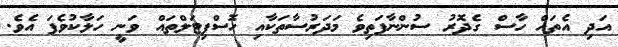
އަދި އެތައް ހާސް ގެދޮރު ސުންނާފަތިވެ މަދަރުސާތަކާއި ހޮސްޕިޓަލްތައް ވަނީ ހަލާކުވެފަ އެވެ.